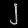
Digit: ၂